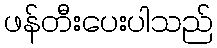
ဖန်တီးပေးပါသည်